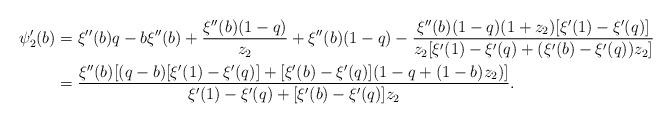
LaTeX: \begin{align*}\psi_2'(b) &= \xi''(b)q-b\xi''(b)+\frac{\xi''(b)(1-q)}{z_2}+\xi''(b)(1-q)-\frac{\xi''(b)(1-q)(1+z_2)[\xi'(1)-\xi'(q)]}{z_2[\xi'(1)-\xi'(q)+(\xi'(b)-\xi'(q))z_2]}\\&=\frac{ \xi''(b)[(q-b)[\xi'(1)-\xi'(q)]+[\xi'(b)-\xi'(q)](1-q+(1-b)z_2 ) ] }{\xi'(1)-\xi'(q)+[\xi'(b)-\xi'(q)]z_2}.\end{align*}